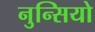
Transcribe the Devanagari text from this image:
नुन्सियो